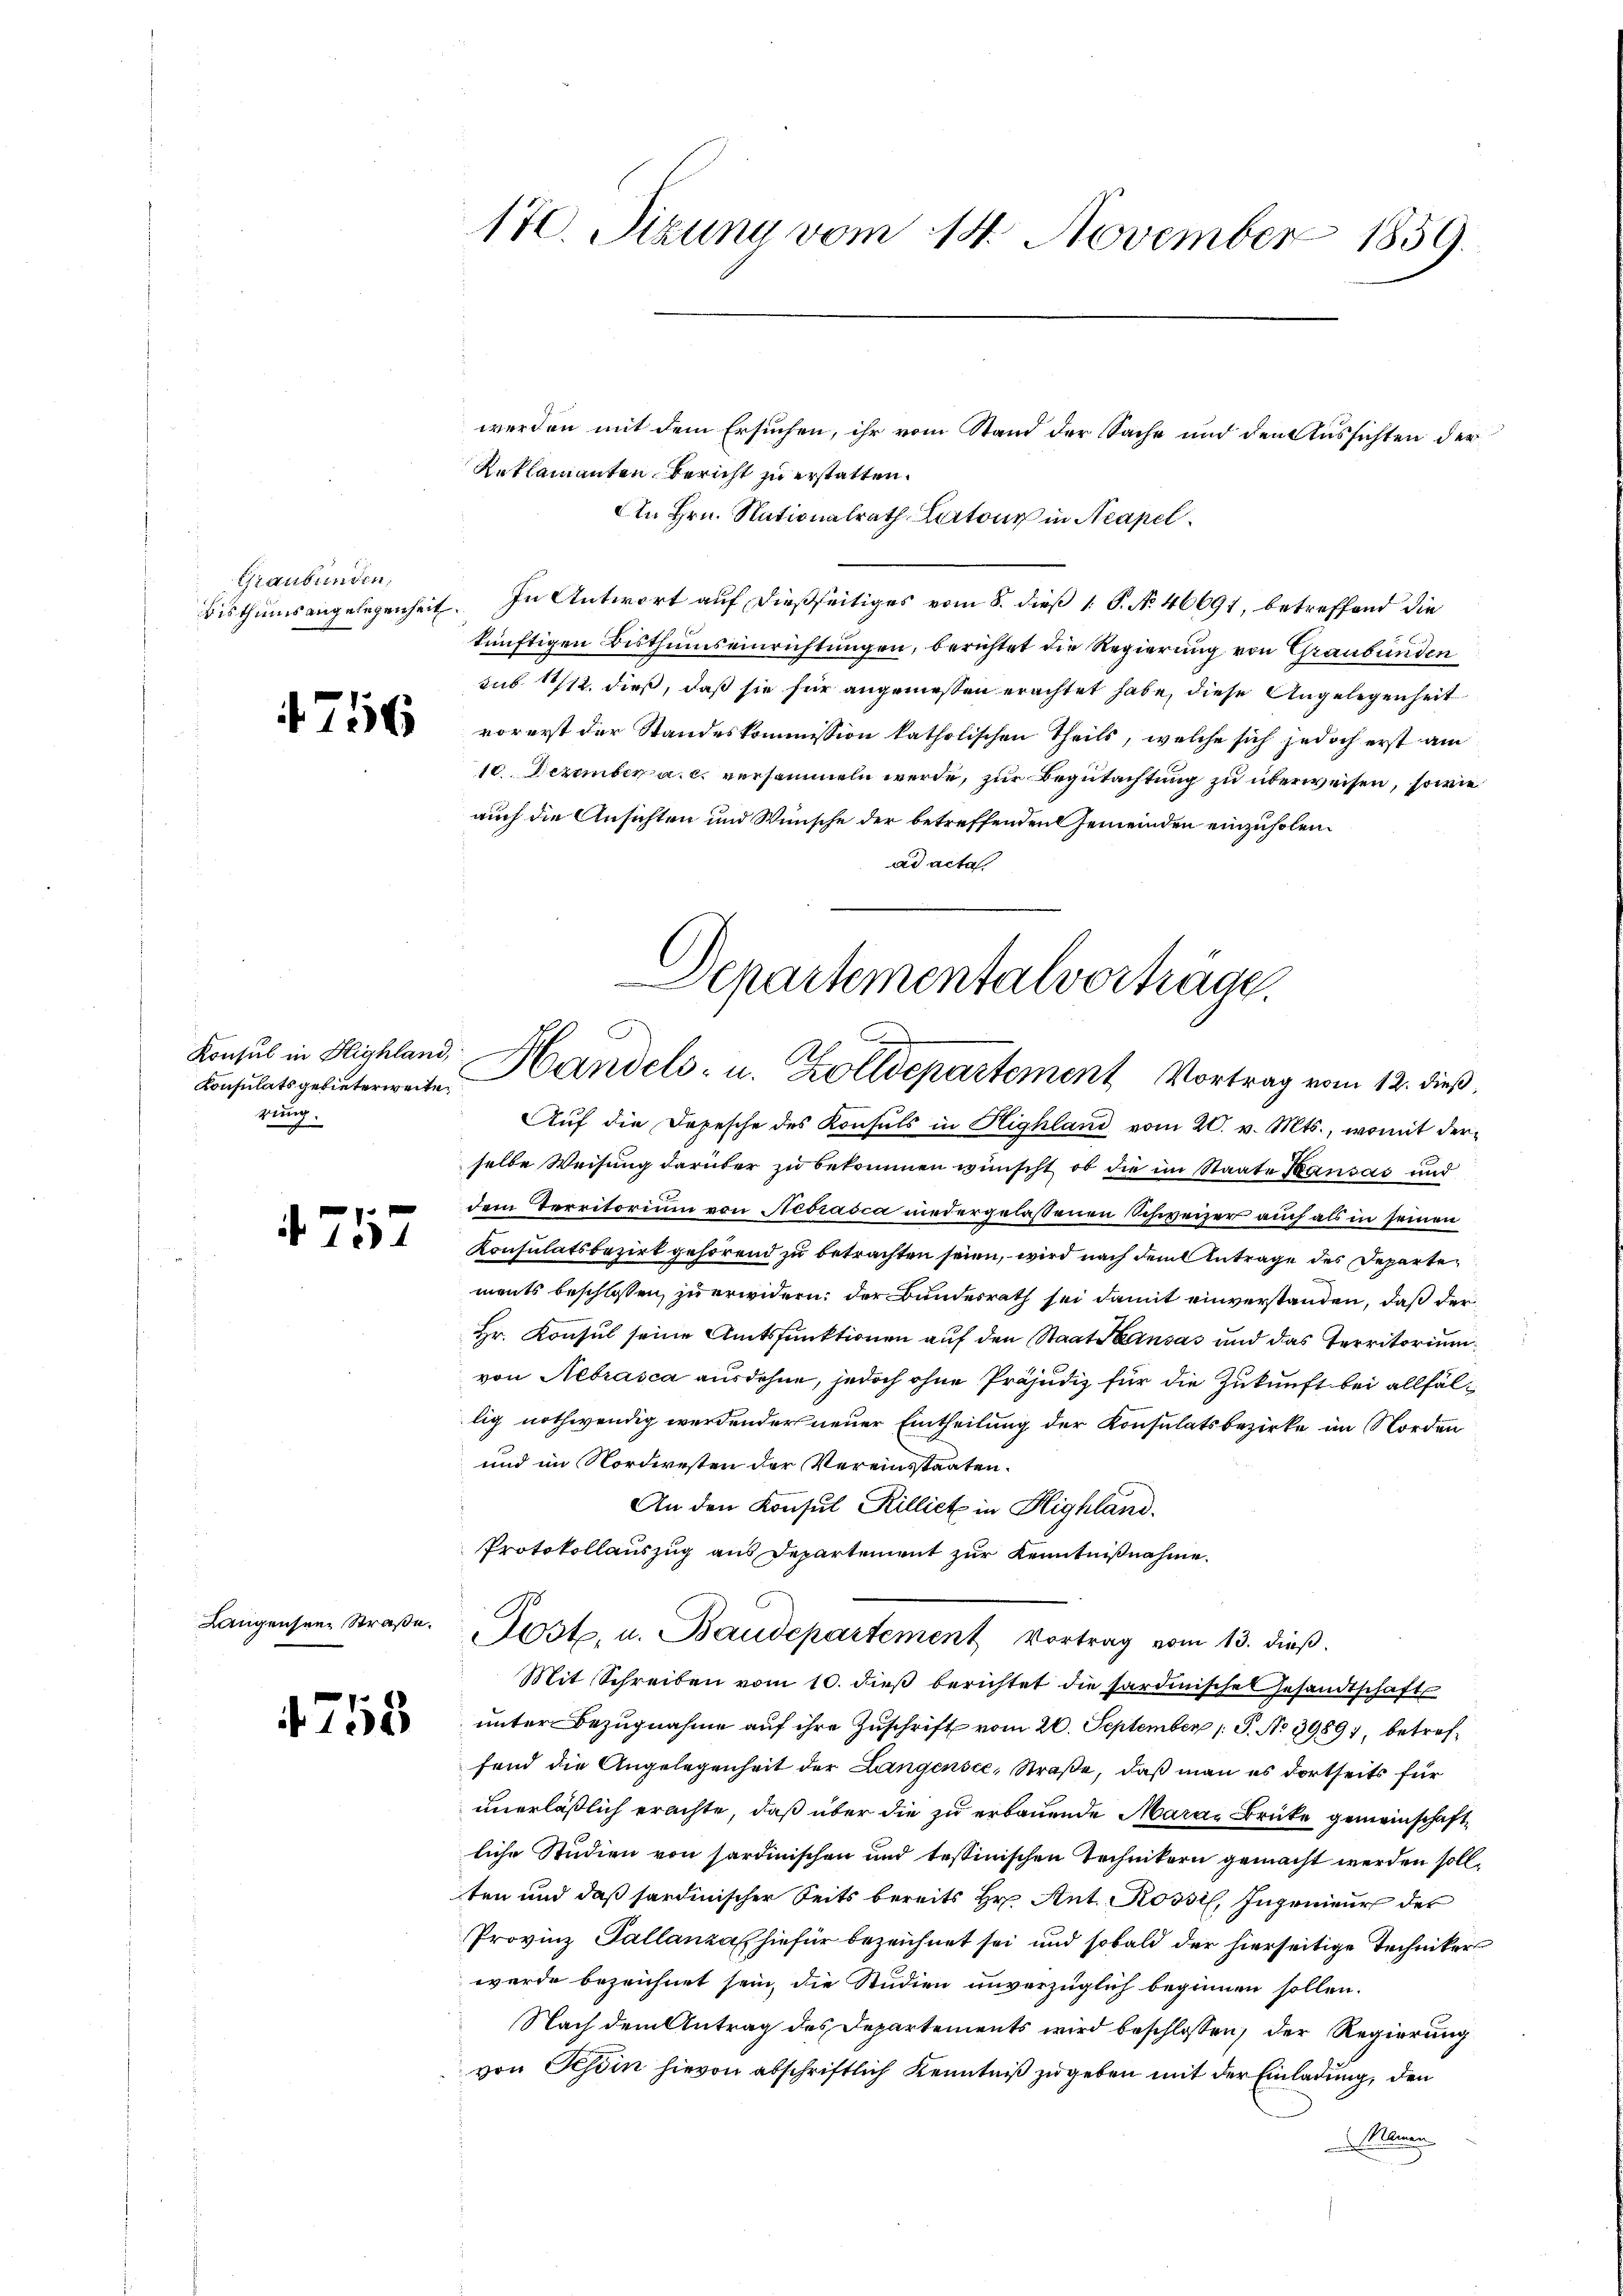
Graubünden,

4756

Konsul in Highland,
Konsulatsgebieterweiten
gung.

4757

Langensein Straße.

4758

170. Sizung vom 14. November 1859.

werden mit dem Ersuchen, ihr vom Stand der Sache und den Aussichten der
Reklamanten Bericht zu erstatten.
An Hrn. Nationalrath Latone in Neapel.
Bisthumsangelegenheit. In Antwort auf dießseitiges vom 8. dieß 1 P. No. 46691, betreffend die
künftigen Bisthumseinrichtungen, berichtet die Regierung von Graubünden
sub 1/12. dieß, daß sie für angemessen erachtet habe, diese Angelegenheit
vorerst der Standeskommission katholischen Theils, welche sich jedoch erst am
10. Dezember a. c. versammeln werde, zur Begutachtung zu überweisen, sowie
auch die Ansichten und Wünsche der betreffenden Gemeinden einzuholen.
ad acta
Auf die Depesche des Konsuls in Highland vom 20. v. Mts., womit derselbe Weisung darüber zu bekommen wünscht, ob die im Staate Bausas und
dem Territorium von Nedrasca niedergelassenen Schweizer auch als in seinen
Konsulatsbezirk gehörend zu betrachten seien, wird nach dem Antrage des Departen
ments beschlossen zu erwidern, der Bundesrath sei damit einverstanden, daß der
Hr. Konsul seine Amtsfunktionen auf den Staat Kausas und das Territorium
von Nebrasca ausdehne, jedoch ohne Präjudiz für die Zukunft bei allfällig nothwendig werdender neuer Eintheilung der Konsulatsbezirke im Norden
und im Nordwesten der Vereinsstaaten.
An den Konsul Rilliet in Highland.
Protokollauszug aus Departement zur Kenntnißnahme.
Post. u. Baudepartement Vortrag vom 13. dieß.
Mit Schreiben vom 10. dieß berichtet die sardinische Gesandtschafts
unter Bezugnahme auf ihre Zuschrift vom 20. September 1. P. No 39891, betreffend die Angelegenheit der Langensee, Straße, daß man es dortseits für
unerläßlich erachte, daß über die zu erbauende Mara Brücke gemeinschaft
liche Studien von sardinischen und tessinischen Technikern gemacht werden soll.
ten und daß sardinischer Seits bereits Hr. Ant. Rossil, Ingenieur des
Provinz Pallanzal hiefür bezeichnet sei und sobald der hierseitige Techniker
werde bezeichnet sein, die Studien unverzüglich beginnen sollen.
Nach dem Antrag des Departements wird beschlossen, der Regierung
von Tessin hievon abschriftlich Kenntniß zugeben mit der Einladung, den
Namen

Departementalverträge.
x
Handels- u. Zolldepartement Vortrag vom 12. dieß,